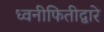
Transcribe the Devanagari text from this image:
ध्वनीफितीद्वारे